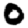
Digit: 0